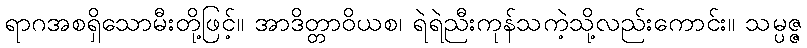
ရာဂအစရှိသောမီးတို့ဖြင့်။ အာဒိတ္တာဝိယစ၊ ရဲရဲညီးကုန်သကဲ့သို့လည်းကောင်း။ သမ္ပဇ္ဇ